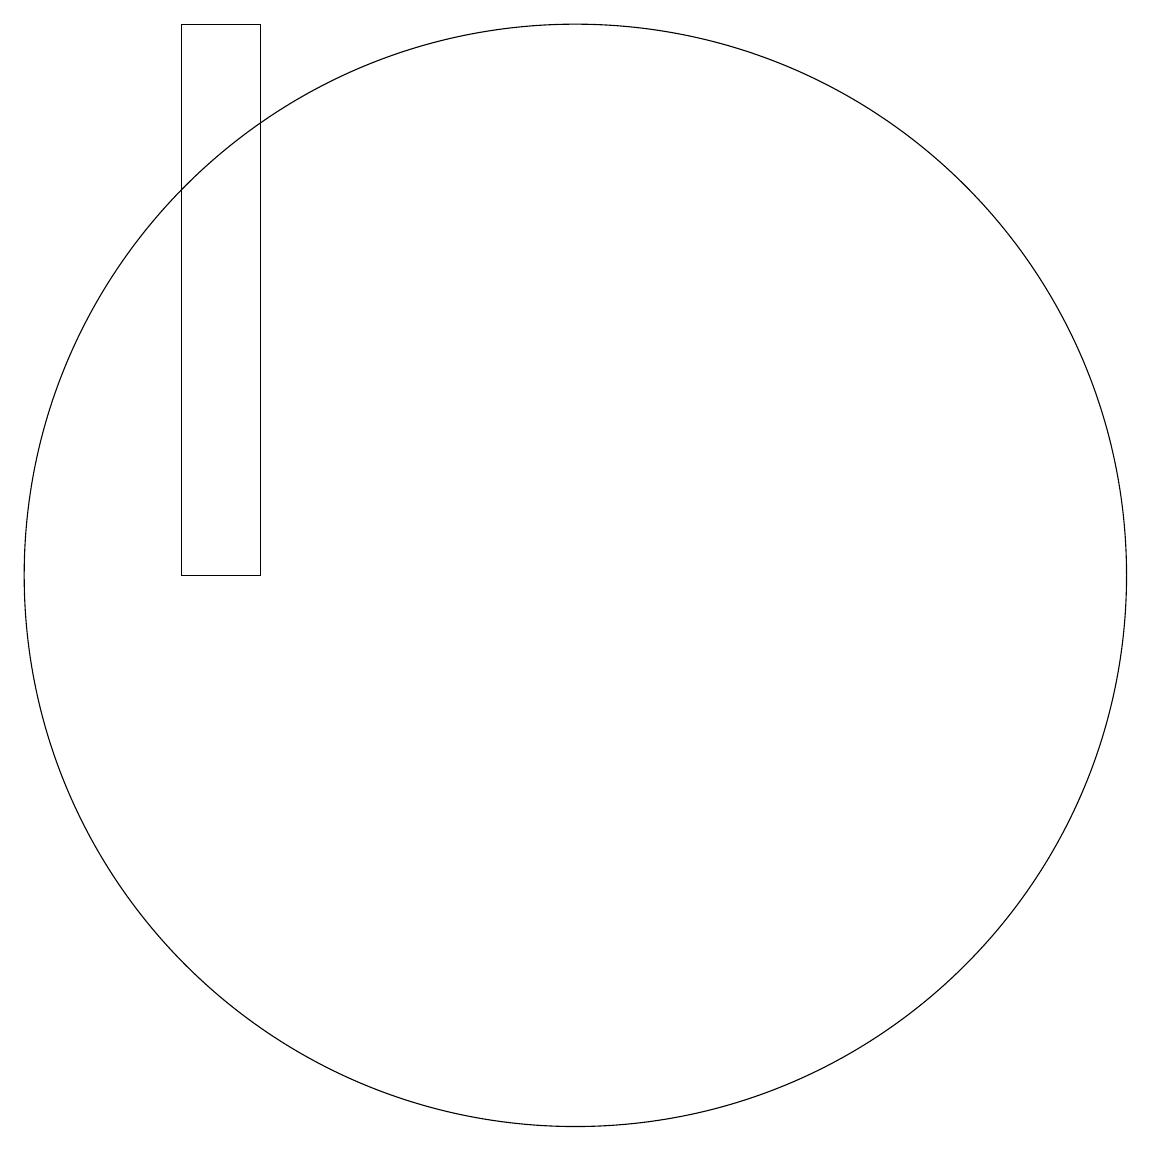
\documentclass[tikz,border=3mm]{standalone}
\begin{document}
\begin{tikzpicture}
\draw (10,10) circle (0);
\draw (12,11) circle (7);
\draw (7,18) rectangle (8,11);
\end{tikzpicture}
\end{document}